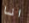
انا